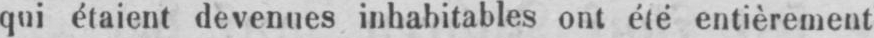
qui étaient devenues inhabitables ont été entièrement